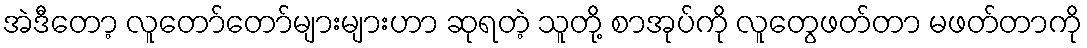
အဲဒီတော့ လူတော်တော်များများဟာ ဆုရတဲ့ သူတို့ စာအုပ်ကို လူတွေဖတ်တာ မဖတ်တာကို